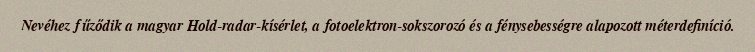
Nevéhez fűződik a magyar Hold-radar-kísérlet, a fotoelektron-sokszorozó és a fénysebességre alapozott méterdefiníció.